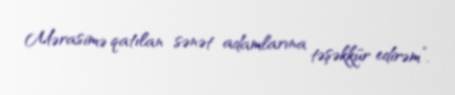
Mərasimə qatılan sənət adamlarına təşəkkür edirəm”.